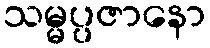
သမ္မပ္ပဇာနော